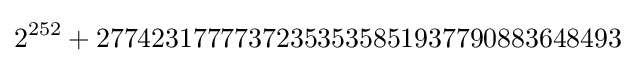
2^{252}+27742317777372353535851937790883648493